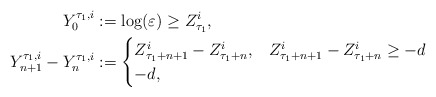
\begin{align*}Y^{\tau_1,i}_0& := \log(\varepsilon) \geq Z^i_{\tau_1}, \\ Y^{\tau_1,i}_{n+1}-Y^{\tau_1,i}_n & :=\begin{cases} Z^i_{\tau_1+n+1} -Z^i_{\tau_1+n},& Z^i_{\tau_1+n+1} -Z^i_{\tau_1+n} \geq -d\\ -d,& \end{cases}\end{align*}